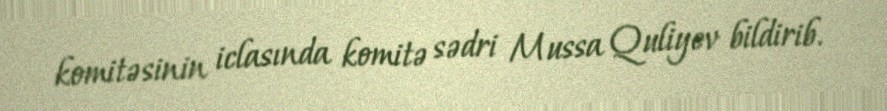
komitəsinin iclasında komitə sədri Mussa Quliyev bildirib.